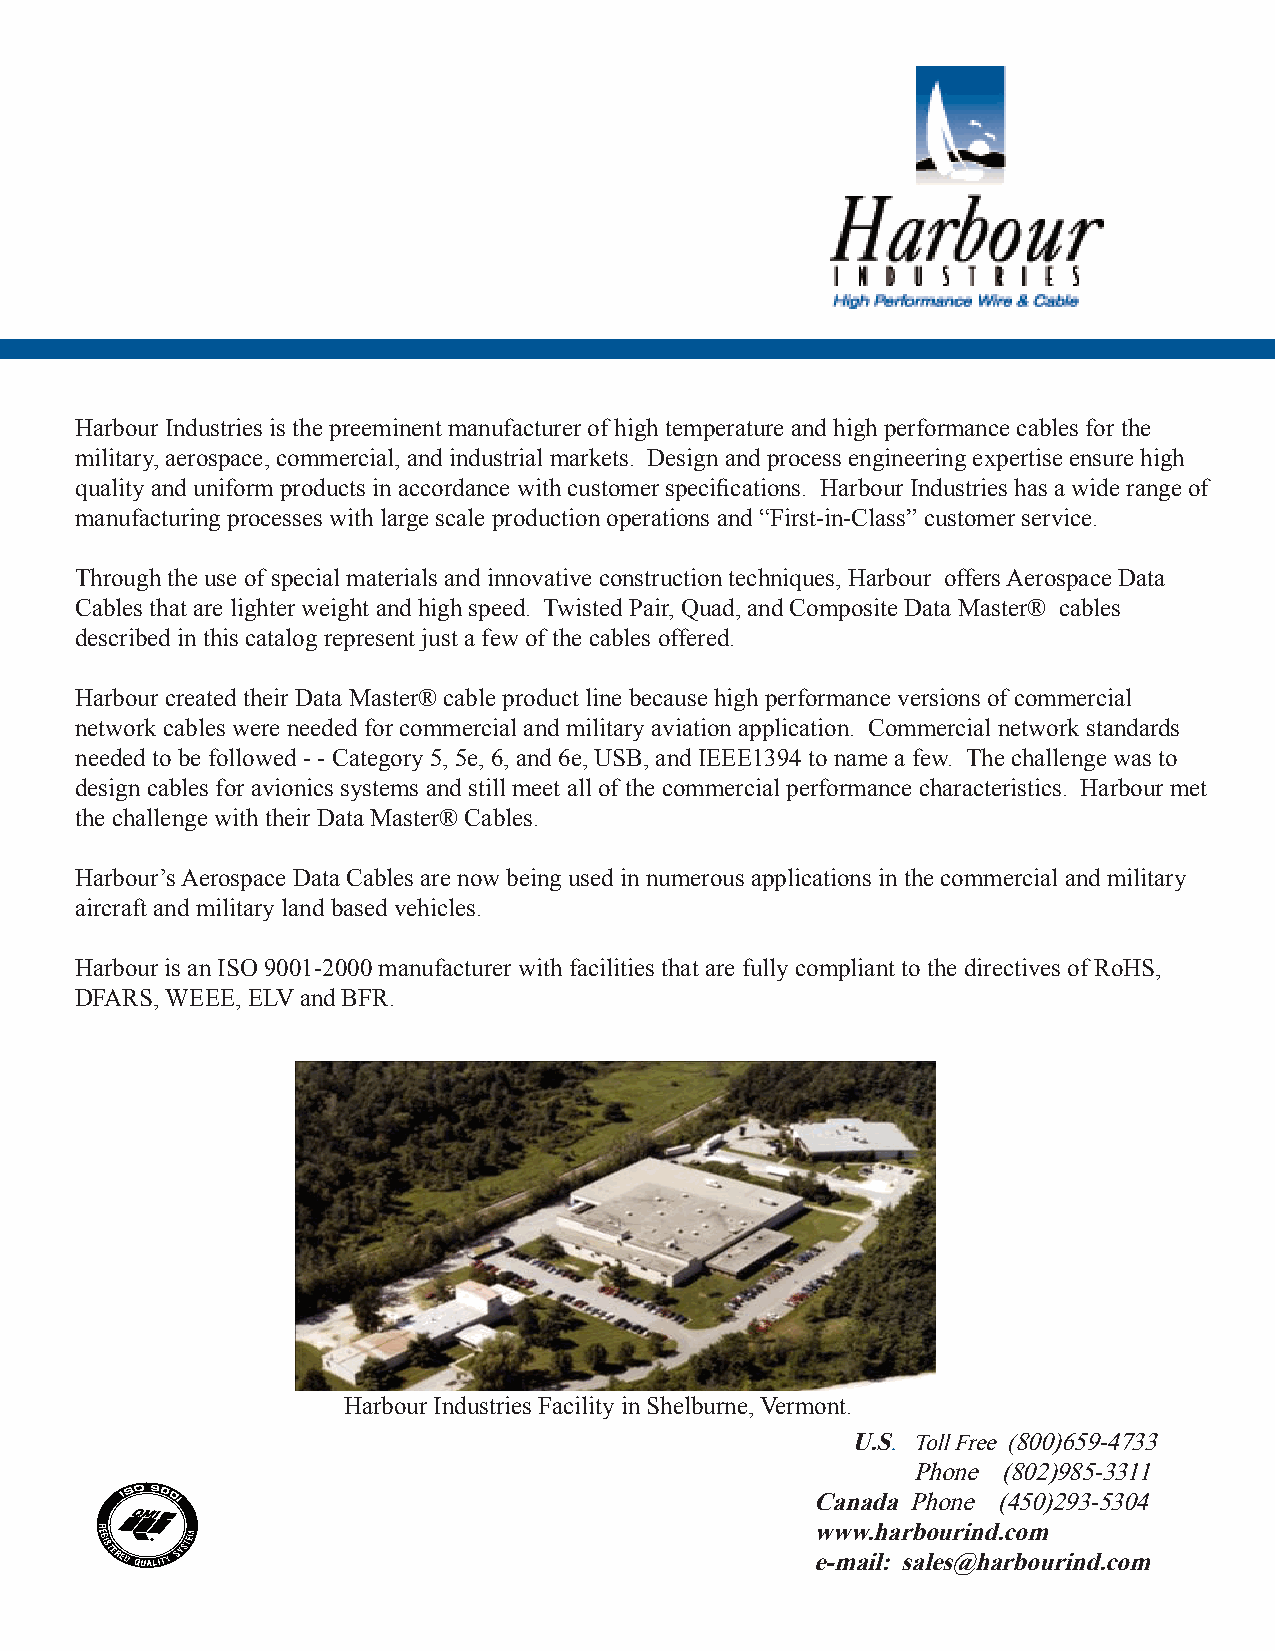
Harbour Industries is the preeminent manufacturer of high temperature and high performance cables for the
 military, aerospace, commercial, and industrial markets. Design and process engineering expertise ensure high
 quality and uniform products in accordance with customer specifications. Harbour Industries has a wide range of
 manufacturing processes with large scale production operations and “First-in-Class” customer service.
 Through the use of special materials and innovative construction techniques, Harbour offers Aerospace Data
 Cables that are lighter weight and high speed. Twisted Pair, Quad, and Composite Data Master® cables
 described in this catalog represent just a few of the cables offered.
 Harbour created their Data Master® cable product line because high performance versions of commercial
 network cables were needed for commercial and military aviation application. Commercial network standards
 needed to be followed - - Category 5, 5e, 6, and 6e, USB, and IEEE1394 to name a few. The challenge was to
 design cables for avionics systems and still meet all of the commercial performance characteristics. Harbour met
 the challenge with their Data Master® Cables.
 Harbour’s Aerospace Data Cables are now being used in numerous applications in the commercial and military
 aircraft and military land based vehicles.
 Harbour is an ISO 9001-2000 manufacturer with facilities that are fully compliant to the directives of RoHS,
 DFARS, WEEE, ELV and BFR.
 Harbour Industries Facility in Shelburne, Vermont.
 U.S. Toll Free (800)659-4733
 Phone (802)985-3311
 Canada Phone (450)293-5304
 www.harbourind.com
 e-mail: sales@harbourind.com